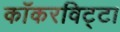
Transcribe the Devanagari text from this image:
काँकरविट्टा